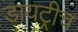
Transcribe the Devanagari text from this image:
डायट्रीच